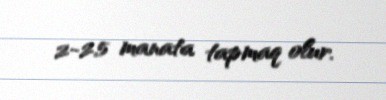
2-2,5 manata tapmaq olur.